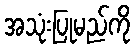
အသုံးပြုမည်ကို